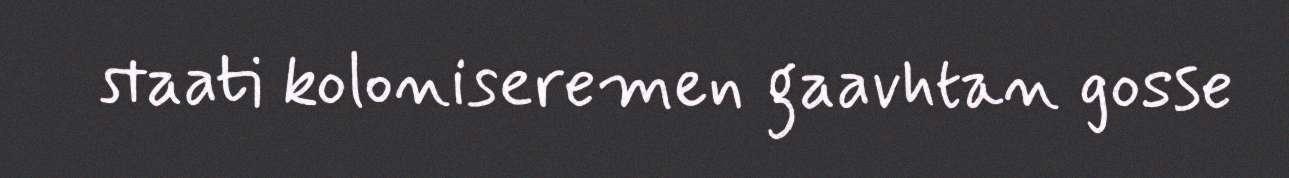
staati koloniseremen gaavhtan gosse